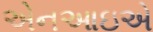
એનઆઇએ